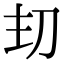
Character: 𭃌